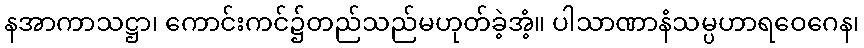
နအာကာသဋ္ဌာ၊ ကောင်းကင်၌တည်သည်မဟုတ်ခဲ့အံ့။ ပါသာဏာနံသမ္ပဟာရဝေဂေန၊